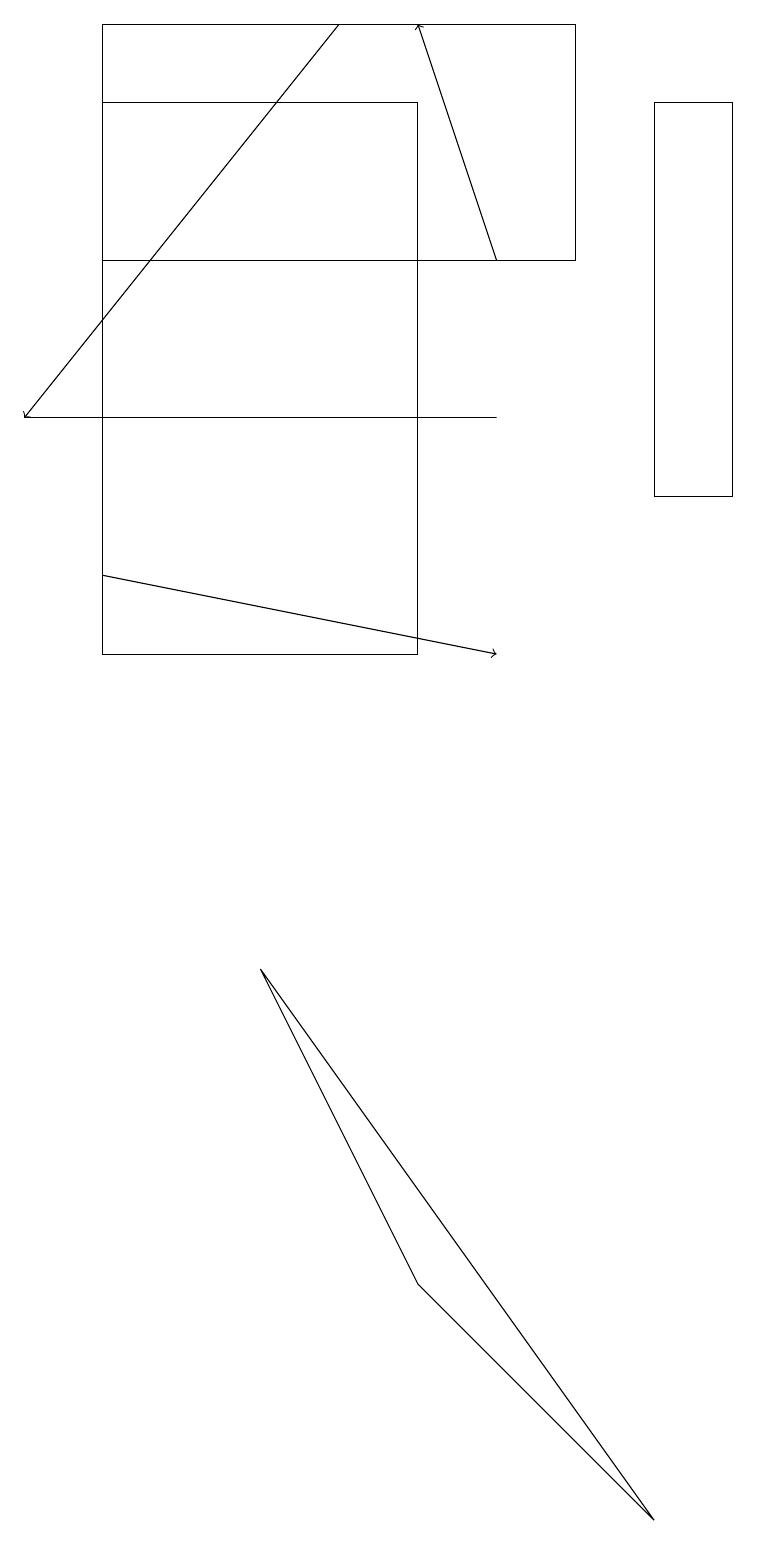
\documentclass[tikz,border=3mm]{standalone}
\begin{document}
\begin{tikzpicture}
\draw (3,7) -- (8,0) -- (5,3) -- cycle;
\draw (9,18) rectangle (8,13);
\draw (6,14) rectangle (0,14);
\draw (1,19) rectangle (7,16);
\draw[->] (6,16) -- (5,19);
\draw[->] (4,19) -- (0,14);
\draw (1,11) rectangle (5,18);
\draw[->] (1,12) -- (6,11);
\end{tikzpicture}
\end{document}